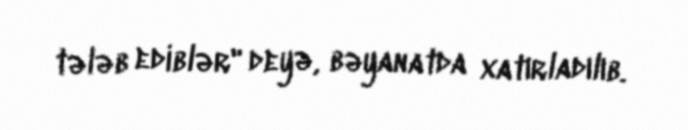
tələb ediblər" deyə, bəyanatda xatırladılıb.